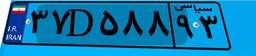
۳۸D۷۲۷۵۰